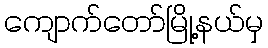
ကျောက်တော်မြို့နယ်မှ